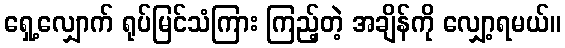
ရှေ့လျှောက် ရုပ်မြင်သံကြား ကြည့်တဲ့ အချိန်ကို လျှော့ရမယ်။